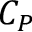
C _ { P }